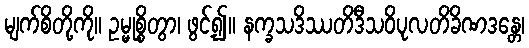
မျက်စိတို့ကို။ ဥမ္မုစ္စိတွာ၊ ဖွင့်၍။ နက္ခသဒိဿတိဒီသဝိပုလတိခိဏဒန္တေ၊